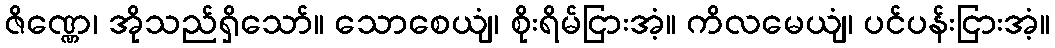
ဇိဏ္ဏေ၊ အိုသည်ရှိသော်။ သောစေယျံ၊ စိုးရိမ်ငြားအံ့။ ကိလမေယျံ၊ ပင်ပန်းငြားအံ့။